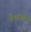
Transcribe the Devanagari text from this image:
३०६५